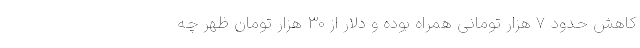
کاهش حدود 7 هزار تومانی همراه بوده و دلار از 30 هزار تومان ظهر چه